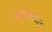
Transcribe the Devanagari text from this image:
अद्दयावत